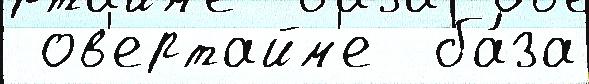
 ов'ертайм'е  ба́за